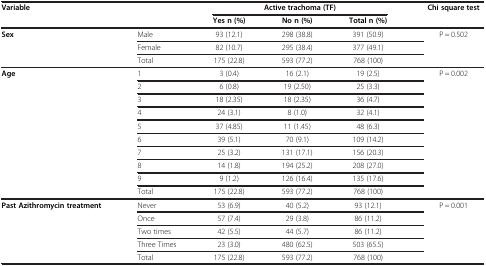
<table><thead><tr><td><b>Variable</b></td><td><b> </b></td><td colspan="3"><b>Active trachoma (TF)</b></td><td><b>Chi square test</b></td></tr><tr><td><b> </b></td><td><b> </b></td><td><b>Yes n (%)</b></td><td><b>No n (%)</b></td><td><b>Total n (%)</b></td><td><b> </b></td></tr></thead><tbody><tr><td><b>Sex</b></td><td>Male</td><td>93 (12.1)</td><td>298 (38.8)</td><td>391 (50.9)</td><td>P = 0.502</td></tr><tr><td> </td><td>Female</td><td>82 (10.7)</td><td>295 (38.4)</td><td>377 (49.1)</td><td> </td></tr><tr><td> </td><td>Total</td><td>175 (22.8)</td><td>593 (77.2)</td><td>768 (100)</td><td> </td></tr><tr><td><b>Age</b></td><td>1</td><td>3 (0.4)</td><td>16 (2.1)</td><td>19 (2.5)</td><td>P = 0.002</td></tr><tr><td> </td><td>2</td><td>6 (0.8)</td><td>19 (2.50)</td><td>25 (3.3)</td><td> </td></tr><tr><td> </td><td>3</td><td>18 (2.35)</td><td>18 (2.35)</td><td>36 (4.7)</td><td> </td></tr><tr><td> </td><td>4</td><td>24 (3.1)</td><td>8 (1.0)</td><td>32 (4.1)</td><td> </td></tr><tr><td> </td><td>5</td><td>37 (4.85)</td><td>11 (1.45)</td><td>48 (6.3)</td><td> </td></tr><tr><td> </td><td>6</td><td>39 (5.1)</td><td>70 (9.1)</td><td>109 (14.2)</td><td> </td></tr><tr><td> </td><td>7</td><td>25 (3.2)</td><td>131 (17.1)</td><td>156 (20.3)</td><td> </td></tr><tr><td> </td><td>8</td><td>14 (1.8)</td><td>194 (25.2)</td><td>208 (27.0)</td><td> </td></tr><tr><td> </td><td>9</td><td>9 (1.2)</td><td>126 (16.4)</td><td>135 (17.6)</td><td> </td></tr><tr><td> </td><td>Total</td><td>175 (22.8)</td><td>593 (77.2)</td><td>768 (100)</td><td> </td></tr><tr><td><b>Past Azithromycin treatment</b></td><td>Never</td><td>53 (6.9)</td><td>40 (5.2)</td><td>93 (12.1)</td><td>P = 0.001</td></tr><tr><td> </td><td>Once</td><td>57 (7.4)</td><td>29 (3.8)</td><td>86 (11.2)</td><td> </td></tr><tr><td> </td><td>Two times</td><td>42 (5.5)</td><td>44 (5.7)</td><td>86 (11.2)</td><td> </td></tr><tr><td> </td><td>Three Times</td><td>23 (3.0)</td><td>480 (62.5)</td><td>503 (65.5)</td><td> </td></tr><tr><td> </td><td>Total</td><td>175 (22.8)</td><td>593 (77.2)</td><td>768 (100)</td><td> </td></tr></tbody></table>